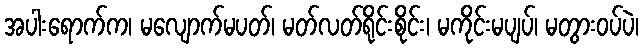
အပါးရောက်က၊ မလျောက်မပတ်၊ မတ်လတ်ရိုင်းစိုင်း၊ မကိုင်းမပျပ်၊ မတွားဝပ်ပဲ၊